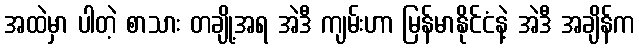
အထဲမှာ ပါတဲ့ စာသား တချို့အရ အဲဒီ ကျမ်းဟာ မြန်မာနိုင်ငံနဲ့ အဲဒီ အချိန်က